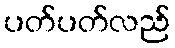
ပတ်ပတ်လည်